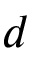
d